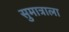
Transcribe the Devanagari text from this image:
सुमात्राला